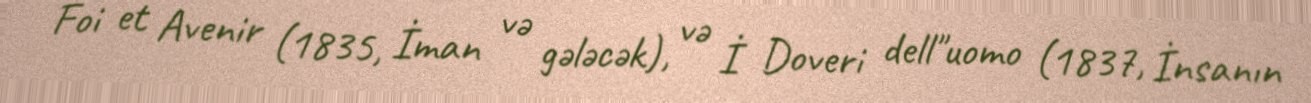
Foi et Avenir (1835, İman və gələcək), və İ Doveri dell"uomo (1837, İnsanın